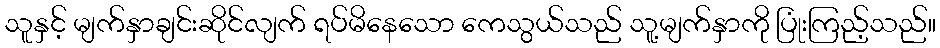
သူနှင့် မျက်နှာချင်းဆိုင်လျက် ရပ်မိနေသော ကေသွယ်သည် သူ့မျက်နှာကို ပြုံးကြည့်သည်။